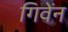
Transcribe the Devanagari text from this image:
गिवेंन